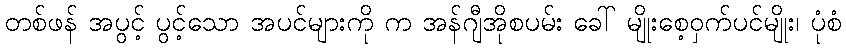
တစ်ဖန် အပွင့် ပွင့်သော အပင်များကို က အန်ဂျီအိုစပမ်း ခေါ် မျိုးစေ့ဝှက်ပင်မျိုး၊ ပုံစံ